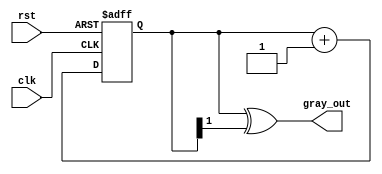
module gray_code_counter #(
    parameter N = 2 // Number of bits for the counter
)(
    input wire clk,      // Clock input
    input wire rst,      // Asynchronous reset input
    output reg [N-1:0] gray_out // Gray code output
);

    reg [N-1:0] bin_counter; // Binary counter register

    // Convert binary counter to Gray code
    function [N-1:0] binary_to_gray;
        input [N-1:0] bin;
        begin
            binary_to_gray = bin ^ (bin >> 1);
        end
    endfunction

    // Always block for counter operation
    always @(posedge clk or posedge rst) begin
        if (rst) begin
            bin_counter <= 0; // Reset counter to 0
        end else begin
            bin_counter <= bin_counter + 1; // Increment binary counter
        end
    end

    // Always block to convert binary to Gray code
    always @(bin_counter) begin
        gray_out <= binary_to_gray(bin_counter); // Convert binary to Gray code
    end

endmodule